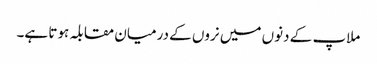
ملاپ کے دنوں میں نروں کے درمیان مقابلہ ہوتا ہے۔